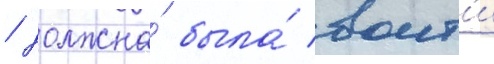
/ должна́ была́ воит'и